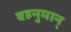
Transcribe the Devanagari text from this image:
बहनुमान्